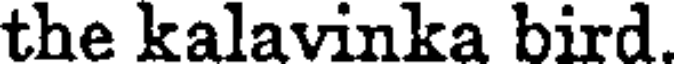
the kalavinka bird.